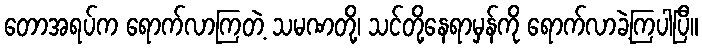
တောအရပ်က ရောက်လာကြတဲ့ သမဏတို့၊ သင်တို့နေရာမှန်ကို ရောက်လာခဲ့ကြပါပြီ။